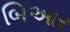
બિઆર